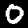
Digit: 0